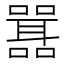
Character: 𭋾